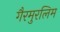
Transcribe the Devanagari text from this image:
गैरमुरलिम